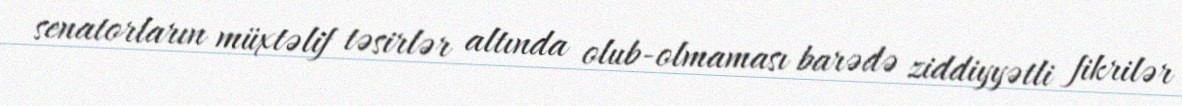
senatorların müxtəlif təsirlər altında olub-olmaması barədə ziddiyyətli fikrilər